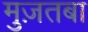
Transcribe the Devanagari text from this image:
मुज़तबा